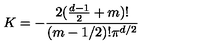
K = - \frac { 2 ( \frac { d - 1 } { 2 } + m ) ! } { ( m - 1 / 2 ) ! \pi ^ { d / 2 } }